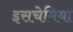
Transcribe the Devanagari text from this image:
इसचेमिया